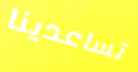
تساعدينا